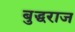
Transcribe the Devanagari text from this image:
बुद्धराज